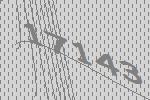
17143